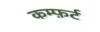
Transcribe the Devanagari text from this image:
कम्फ़र्ट